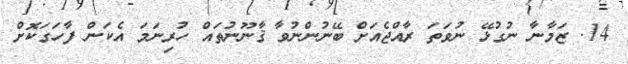
14. ޒަމާނާ ނުގުޅޭ ނުވަތަ ރާއްޖެއަށް ބޭނުންނުވާ ޤާނޫނުތައް ހުރިނަމަ އެކަން ފާހަގަކޮށް